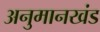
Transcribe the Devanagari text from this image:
अनुमानखंड